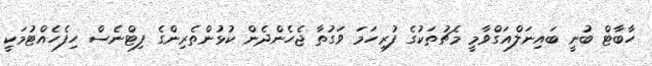
ހާބާޓް ބުނީ ބައިނަލްއަގްވާމީ މެޗުތަކުގެ ފުރިހަމަ ވަގުތާ ޖެހެންދެން ކުޅުންތެރިންގެ ފިޓްނެސް ހިފެހެއްޓުމަކީ